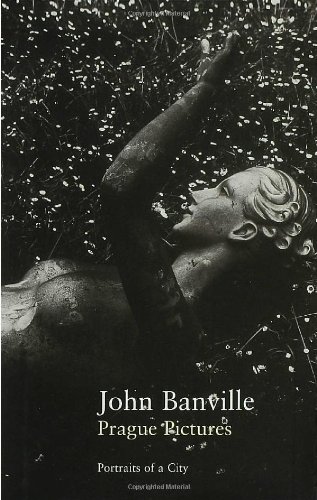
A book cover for Prague Pictures: A Portrait of the City (Writer and the City); John Banville; Travel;